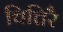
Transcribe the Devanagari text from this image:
चित्तिरै